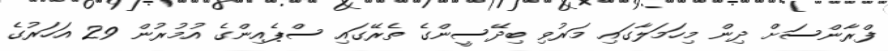
ފްރާންސަށް ދިން މިހަމަލާގައި މަރުވި ބިދޭސީންގެ ތެރޭގައި ސްޕެއިންގެ އުމުރުން 29 އަހަރުގެ